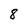
Character: 8